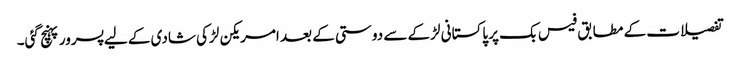
تفصیلات کے مطابق فیس بک پر پاکستانی لڑکے سے دوستی کے بعد امریکن لڑکی شادی کے لیے پسرور پہنچ گئی۔